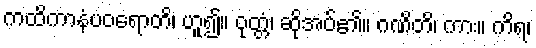
ကထိကာနံပဝရောတိ၊ ဟူ၍။ ဝုတ္တံ၊ ဆိုအပ်၏။ ဂဏိတိ၊ ကား။ ကိရ၊